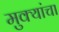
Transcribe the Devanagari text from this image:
मुक्यांचा